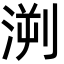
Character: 㴊